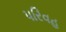
પરિવહ